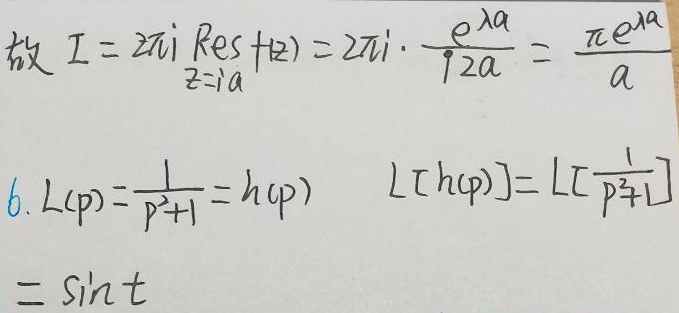
故\(I = 2\pi i \underset{z = ia}{\text{Res}} f(z)=2\pi i\cdot\frac{e^{\lambda a}}{i2a}=\frac{\pi e^{\lambda a}}{a}\)。
6. \(L(p)=\frac{1}{p^{2}+1}=h(p)\)，\(L[h(p)] = L[\frac{1}{p^{2}+1}]=\sin t\)